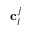
\mathbf { c } _ { I } ^ { j }